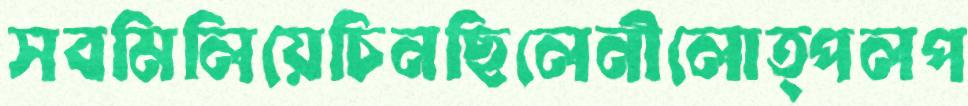
সবমিলিয়েচিনছিলেনীলোত্পলপ